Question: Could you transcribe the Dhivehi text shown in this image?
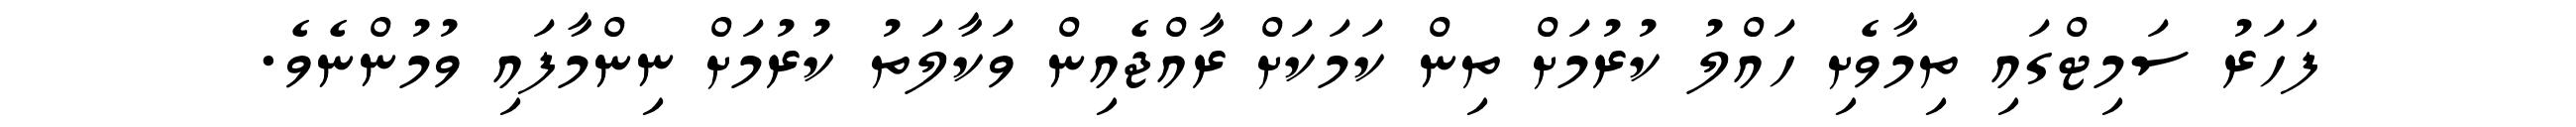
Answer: ފަހަރު ސަމިޓްގައި ތިމާވެށި ހައްލު ކުރުމަށް ތިން ކަމަކަށް ރާއްޖެއިން ވަކާލަތު ކުރުމަށް ނިންމާފައި ވުމުންނެވެ.